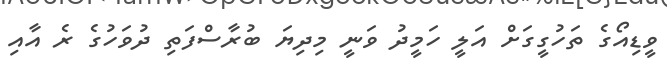
ވީޑިއޯގެ ތަހުގީގަށް އަލީ ހަމީދު ވަނީ މިދިޔަ ބުރާސްފަތި ދުވަހުގެ ރެ އާއި